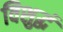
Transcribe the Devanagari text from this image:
विशुद्धं